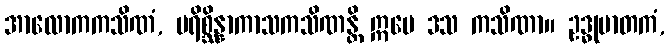
အာလောကကသိဏံ, ပရိစ္ဆိန္နာကာသကသိဏန္တိ ဣမေ ဒသ ကသိဏာ။ ဥဒ္ဓုမာတကံ,